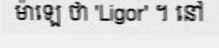
ម៉ាឡេ ថា 'Ligor' ។ នៅ